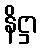
နိဋ္ဌာ